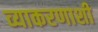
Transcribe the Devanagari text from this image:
व्याकरणाशी